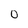
Character: 0